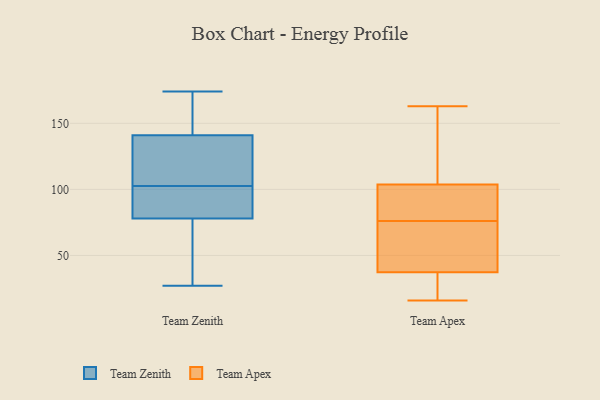
{"axis": {"x": "Page Views", "y": "Value"}, "legend": ["Team Apex", "Team Zenith"], "data": [{"x": "", "y": 126, "type": "Team Zenith"}, {"x": "", "y": 105, "type": "Team Zenith"}, {"x": "", "y": 27, "type": "Team Zenith"}, {"x": "", "y": 78, "type": "Team Zenith"}, {"x": "", "y": 151, "type": "Team Zenith"}, {"x": "", "y": 109, "type": "Team Zenith"}, {"x": "", "y": 100, "type": "Team Zenith"}, {"x": "", "y": 82, "type": "Team Zenith"}, {"x": "", "y": 81, "type": "Team Zenith"}, {"x": "", "y": 74, "type": "Team Zenith"}, {"x": "", "y": 74, "type": "Team Zenith"}, {"x": "", "y": 174, "type": "Team Zenith"}, {"x": "", "y": 142, "type": "Team Zenith"}, {"x": "", "y": 141, "type": "Team Zenith"}, {"x": "", "y": 19, "type": "Team Apex"}, {"x": "", "y": 38, "type": "Team Apex"}, {"x": "", "y": 32, "type": "Team Apex"}, {"x": "", "y": 163, "type": "Team Apex"}, {"x": "", "y": 37, "type": "Team Apex"}, {"x": "", "y": 157, "type": "Team Apex"}, {"x": "", "y": 16, "type": "Team Apex"}, {"x": "", "y": 76, "type": "Team Apex"}, {"x": "", "y": 77, "type": "Team Apex"}, {"x": "", "y": 160, "type": "Team Apex"}, {"x": "", "y": 79, "type": "Team Apex"}, {"x": "", "y": 105, "type": "Team Apex"}, {"x": "", "y": 42, "type": "Team Apex"}, {"x": "", "y": 41, "type": "Team Apex"}, {"x": "", "y": 100, "type": "Team Apex"}]}